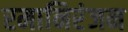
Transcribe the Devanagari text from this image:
रमानिरंजन